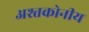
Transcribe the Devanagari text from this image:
अश्तकोनीय